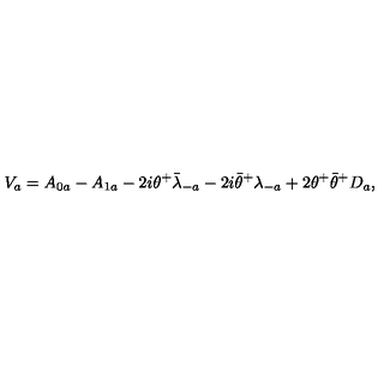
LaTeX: V _ { a } = A _ { 0 a } - A _ { 1 a } - 2 i \theta ^ { + } { \bar { \lambda } } _ { - a } - 2 i { \bar { \theta } } ^ { + } \lambda _ { - a } + 2 \theta ^ { + } { \bar { \theta } } ^ { + } D _ { a } ,